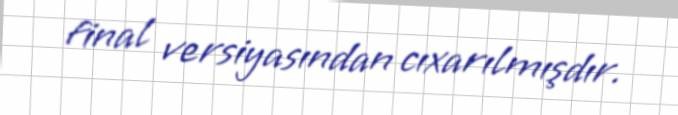
final versiyasından cıxarılmışdır.